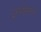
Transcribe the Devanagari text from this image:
इन्फ़ोर्मेशन